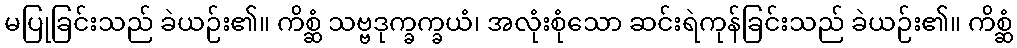
မပြုခြင်းသည် ခဲယဉ်း၏။ ကိစ္ဆံ သဗ္ဗဒုက္ခက္ခယံ၊ အလုံးစုံသော ဆင်းရဲကုန်ခြင်းသည် ခဲယဉ်း၏။ ကိစ္ဆံ